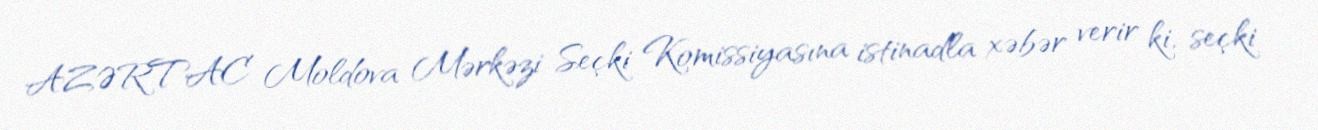
AZƏRTAC Moldova Mərkəzi Seçki Komissiyasına istinadla xəbər verir ki, seçki